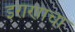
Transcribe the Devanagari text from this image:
इराणाचा